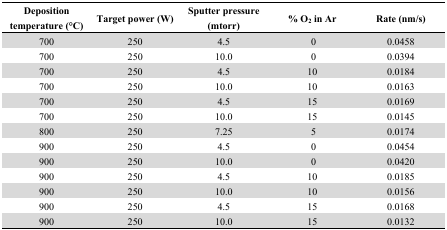
<table><thead><tr><td><b>Deposition temperature (°C)</b></td><td><b>Target power (W)</b></td><td><b>Sputter pressure (mtorr)</b></td><td><b>% O<sub>2</sub> in Ar</b></td><td><b>Rate (nm/s)</b></td></tr></thead><tbody><tr><td>700</td><td>250</td><td>4.5</td><td> 0</td><td>0.0458</td></tr><tr><td>700</td><td>250</td><td>10.0</td><td> 0</td><td>0.0394</td></tr><tr><td>700</td><td>250</td><td>4.5</td><td>10</td><td>0.0184</td></tr><tr><td>700</td><td>250</td><td>10.0</td><td>10</td><td>0.0163</td></tr><tr><td>700</td><td>250</td><td>4.5</td><td>15</td><td>0.0169</td></tr><tr><td>700</td><td>250</td><td>10.0</td><td>15</td><td>0.0145</td></tr><tr><td>800</td><td>250</td><td>7.25</td><td> 5</td><td>0.0174</td></tr><tr><td>900</td><td>250</td><td>4.5</td><td> 0</td><td>0.0454</td></tr><tr><td>900</td><td>250</td><td>10.0</td><td> 0</td><td>0.0420</td></tr><tr><td>900</td><td>250</td><td>4.5</td><td>10</td><td>0.0185</td></tr><tr><td>900</td><td>250</td><td>10.0</td><td>10</td><td>0.0156</td></tr><tr><td>900</td><td>250</td><td>4.5</td><td>15</td><td>0.0168</td></tr><tr><td>900</td><td>250</td><td>10.0</td><td>15</td><td>0.0132</td></tr></tbody></table>